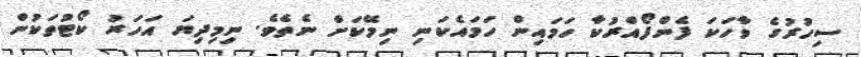
ސިހުރުގެ ވާހަކަ ފެންފޯއްރުކާ ހަމައިން ހަމައެކަނި ނިމޭކަށް ނެތެވެ. ނިމިދިޔަ އަހަރު ކޯޓުތަކުން